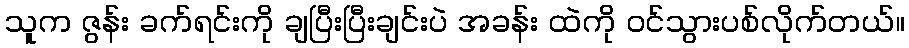
သူက ဇွန်း ခက်ရင်းကို ချပြီးပြီးချင်းပဲ အခန်း ထဲကို ဝင်သွားပစ်လိုက်တယ်။